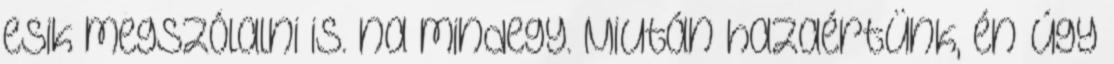
esik megszólalni is. na mindegy. Miután hazaértünk, én úgy